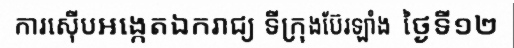
ការស៊ើបអង្កេតឯករាជ្យ ទីក្រុងប៊ែរឡាំង  ថ្ងៃទី១២